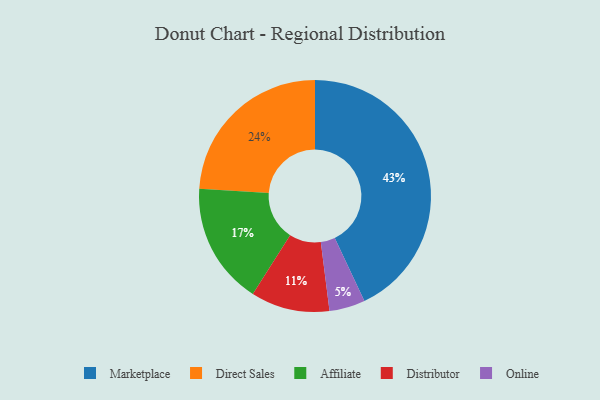
{"axis": {"x": "Category", "y": "Percentage"}, "legend": ["Affiliate", "Direct Sales", "Distributor", "Marketplace", "Online"], "data": [{"x": "Distributor", "y": 11, "type": "Distributor"}, {"x": "Marketplace", "y": 43, "type": "Marketplace"}, {"x": "Affiliate", "y": 17, "type": "Affiliate"}, {"x": "Direct Sales", "y": 24, "type": "Direct Sales"}, {"x": "Online", "y": 5, "type": "Online"}]}